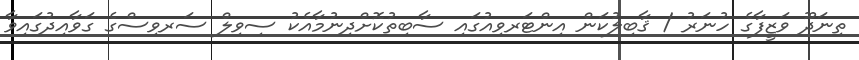
ތިނަދޫ ވަޒީފާގެ ހުނަރު / ޤާބިލުކަން އިންޓަރވިއުގައި ސާބިތުކޮށްދިނުމާއެކު ސިވިލް ސަރވިސްގެ ގަވާއިދުގައިވާ